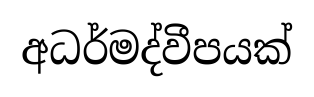
අධර්මද්වීපයක්